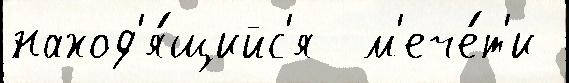
наход'я́щийс'я  м'ече́т'и